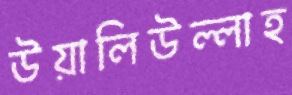
উয়ালিউল্লাহ